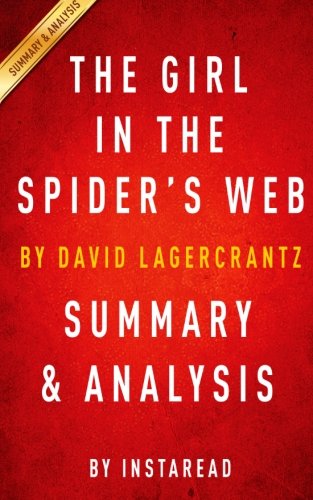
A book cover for The Girl in the Spider's Web: by David Lagercrantz | Summary & Analysis: A Lisbeth Salander novel, continuing Stieg Larsson's Millennium Series; Instaread; Mystery, Thriller & Suspense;